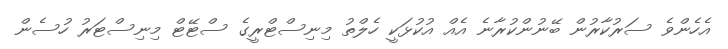
އެހެންވެ ސަރުކާރުން ބޭނުންކުރާނެ އެއް އުކުޅަކީ ހެލްތު މިނިސްޓްރީގެ ސްޓޭޓް މިނިސްޓަރު ހުސެން